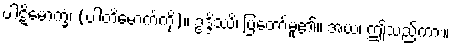
ပါဋိမောက္ခံ၊ (ပါတိမောက်ကို)။ ဥဒ္ဒိဿိ၊ ပြတော်မူ၏။ အယံ၊ ဤသည်ကား။